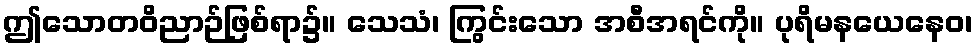
ဤသောတဝိညာဉ်ဖြစ်ရာ၌။ သေသံ၊ ကြွင်းသော အစီအရင်ကို။ ပုရိမနယေနေဝ၊